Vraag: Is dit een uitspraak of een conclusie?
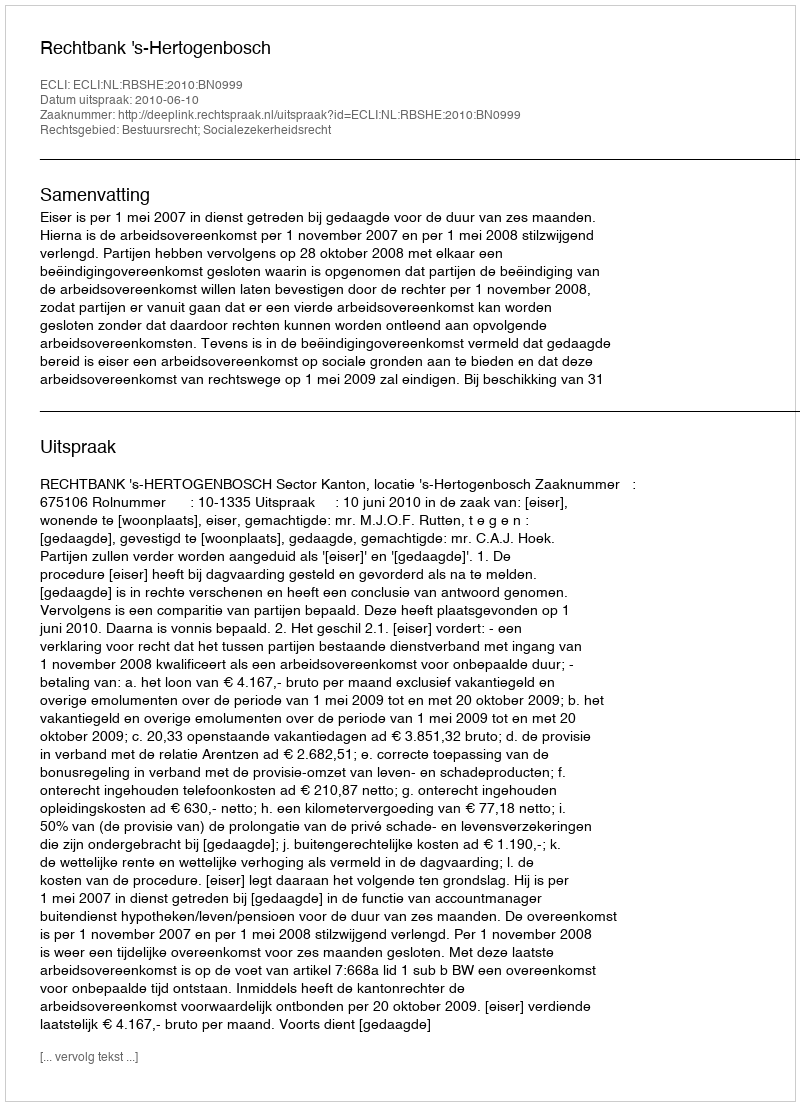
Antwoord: Uitspraak